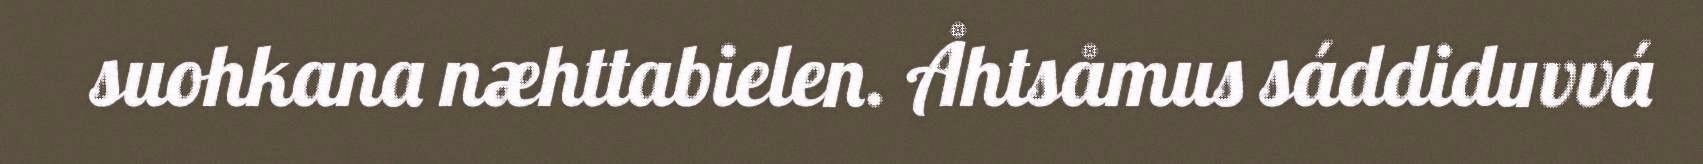
suohkana næhttabielen. Åhtsåmus sáddiduvvá